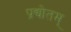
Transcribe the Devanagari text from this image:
प्रद्योतम्